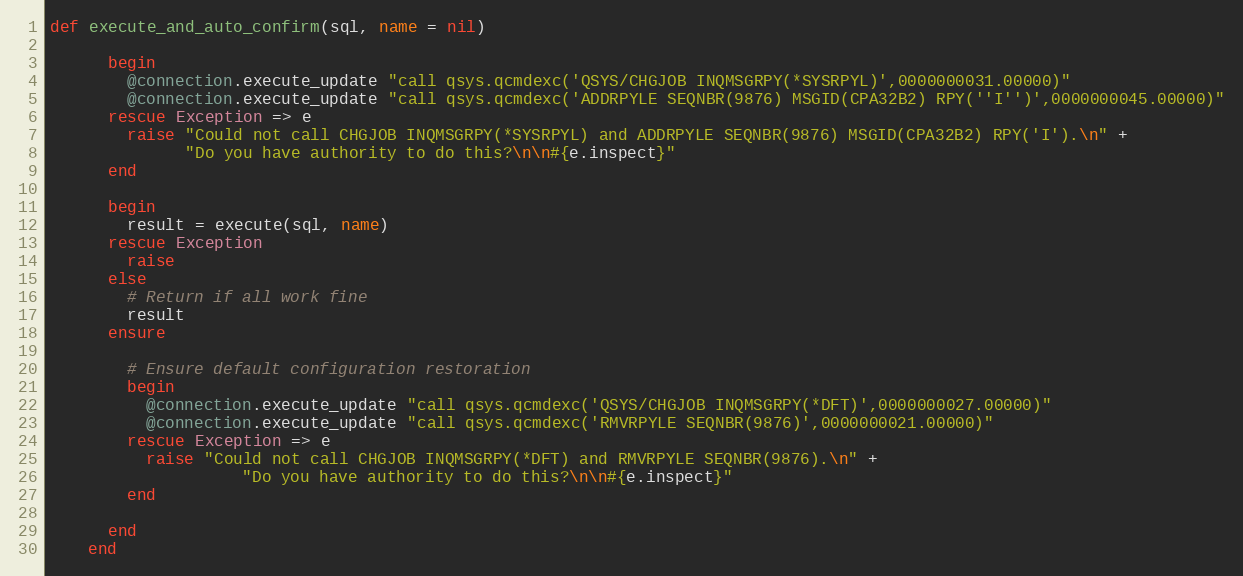
Language: Ruby
def execute_and_auto_confirm(sql, name = nil)

      begin
        @connection.execute_update "call qsys.qcmdexc('QSYS/CHGJOB INQMSGRPY(*SYSRPYL)',0000000031.00000)"
        @connection.execute_update "call qsys.qcmdexc('ADDRPYLE SEQNBR(9876) MSGID(CPA32B2) RPY(''I'')',0000000045.00000)"
      rescue Exception => e
        raise "Could not call CHGJOB INQMSGRPY(*SYSRPYL) and ADDRPYLE SEQNBR(9876) MSGID(CPA32B2) RPY('I').\n" +
              "Do you have authority to do this?\n\n#{e.inspect}"
      end

      begin
        result = execute(sql, name)
      rescue Exception
        raise
      else
        # Return if all work fine
        result
      ensure

        # Ensure default configuration restoration
        begin
          @connection.execute_update "call qsys.qcmdexc('QSYS/CHGJOB INQMSGRPY(*DFT)',0000000027.00000)"
          @connection.execute_update "call qsys.qcmdexc('RMVRPYLE SEQNBR(9876)',0000000021.00000)"
        rescue Exception => e
          raise "Could not call CHGJOB INQMSGRPY(*DFT) and RMVRPYLE SEQNBR(9876).\n" +
                    "Do you have authority to do this?\n\n#{e.inspect}"
        end

      end
    end